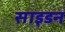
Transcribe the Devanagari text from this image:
साइडन